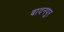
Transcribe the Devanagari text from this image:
बादनपुर